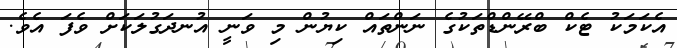
އެކަމަކު ޓެކް ބްރޭންޑްތަކުގެ ނަންތައް ކިޔުން މި ވަނީ އުނދަގުލަކަށް ވެފަ އެވެ.